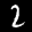
Label: 2